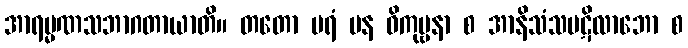
အာရမ္မဏသဘာဂတာယာတိ။ တတော ပရံ ပန ဝိကုဗ္ဗနာ စ အာနိသံသပဋိလာဘော စ